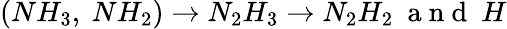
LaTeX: (NH_{3},\ NH_{2})\rightarrow N_{2}H_{3}\rightarrow N_{2}H_{2}~\mathrm{~a~n~d~}~H